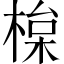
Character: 𣕘